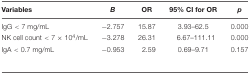
<table><thead><tr><td><b>Variables</b></td><td><b><i>B</i></b></td><td><b>OR</b></td><td><b>95% CI for OR</b></td><td><b><i>p</i></b></td></tr></thead><tbody><tr><td>IgG &lt; 7 mg/mL</td><td>-2.757</td><td>15.87</td><td>3.93–62.5</td><td>0.000</td></tr><tr><td>NK cell count &lt; 7 × 10<sup>4</sup>/mL</td><td>-3.278</td><td>26.31</td><td>6.67–111.11</td><td>0.000</td></tr><tr><td>IgA &lt; 0.7 mg/mL</td><td>-0.953</td><td>2.59</td><td>0.69–9.71</td><td>0.157</td></tr></tbody></table>